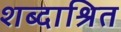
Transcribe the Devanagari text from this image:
शब्दाश्रित